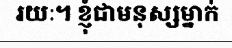
រយៈ។ ខ្ញុំជាមនុស្សម្នាក់